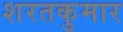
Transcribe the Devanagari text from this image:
शरतकुमार